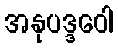
အနုပဒ္ဒဝေါ